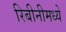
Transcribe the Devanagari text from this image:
रिबीनीमध्ये